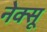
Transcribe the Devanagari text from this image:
नेक्सू